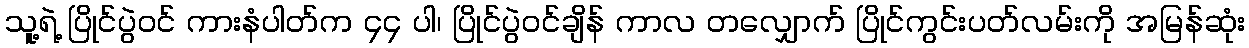
သူ့ရဲ့ ပြိုင်ပွဲဝင် ကားနံပါတ်က ၄၄ ပါ၊ ပြိုင်ပွဲဝင်ချိန် ကာလ တလျှောက် ပြိုင်ကွင်းပတ်လမ်းကို အမြန်ဆုံး